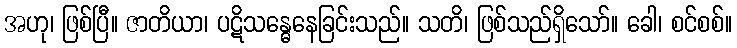
အဟု၊ ဖြစ်ပြီ။ ဇာတိယာ၊ ပဋိသန္ဓေနေခြင်းသည်။ သတိ၊ ဖြစ်သည်ရှိသော်။ ခေါ၊ စင်စစ်။